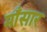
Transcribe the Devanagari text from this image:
माँसार